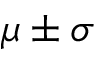
\mu \pm \sigma